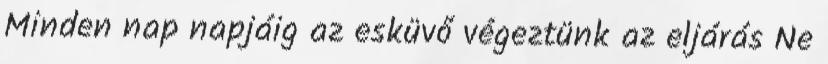
Minden nap napjáig az esküvő végeztünk az eljárás Ne